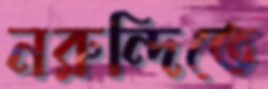
নরুন্দিতে